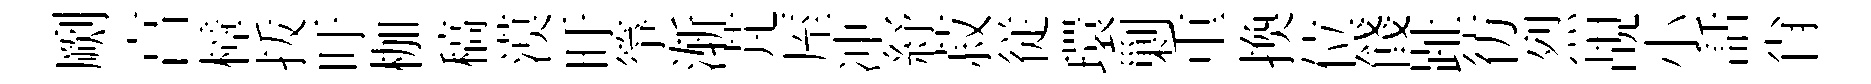
劂亯樟㧞吁枷稿漠旴箏渐芃厔冲紓菽従環剿重換位餞趾彷烈覘小話肖